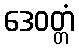
ဒေဝတ္တံ